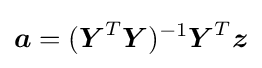
{\boldsymbol {a}}=({\boldsymbol {Y}}^{T}{\boldsymbol {Y}})^{-1}{\boldsymbol {Y}}^{T}{\boldsymbol {z}}